Rapla_vallavalitsus, lk 22
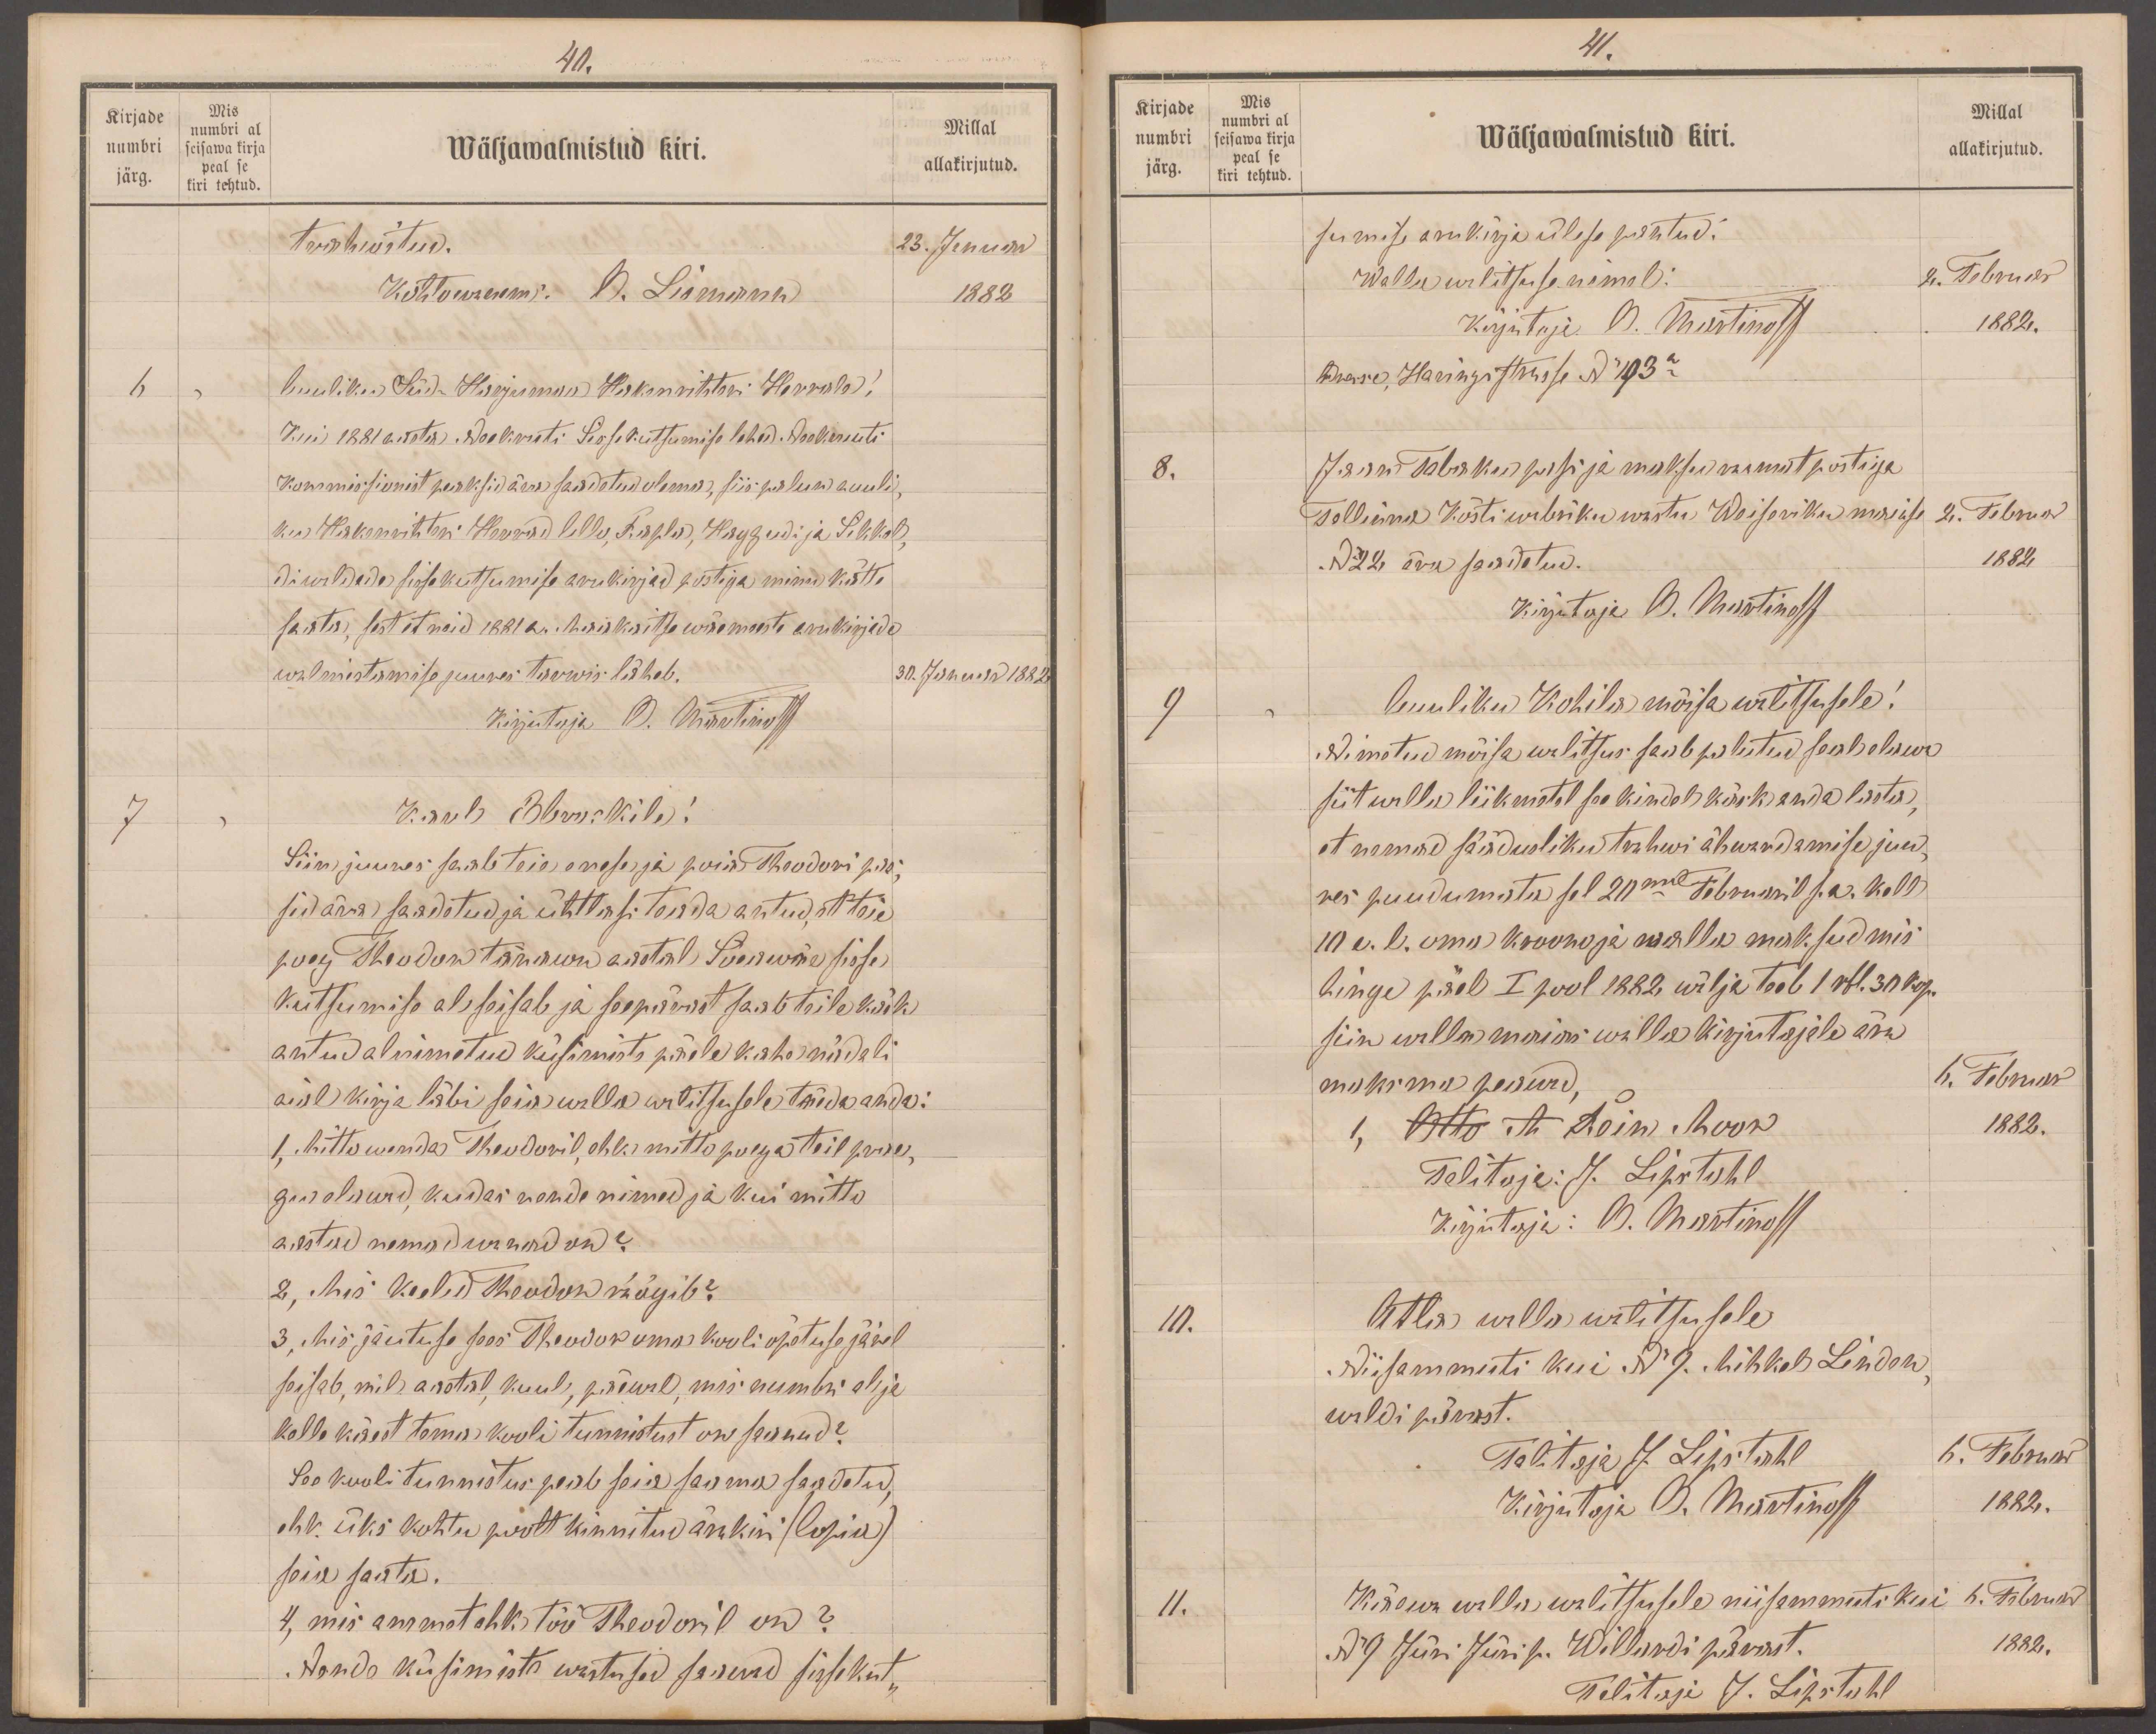
40.
Kirjade
Mis
Millal
numbri al
numbri
Wäljawalmistud kiri.
seisawa kirja
peal se
järg.
allakirjutud.
kirja tehtud
trahwitud.
23. Januar
Kohtowanem. O. Liemann
1882
6
Auuliku Süd-Harjumaa Hakenrihteri Herrale,
Kui 1881 aastal Neekruti Sisse kutsumise lehed Neekruti
kommisionist peaksid ära saadetud olema, siis palun auuli
ku Hakenrihteri Herrad Lelle, Rapla, Hagudi ja Sikkal
di waldada sisse kutsumise arukirjad postiga minu kätte
saata, sest et neid 1881 a. Maakaitse wäemeeste arukirjade
walmistamise juures tarwis läheb.
30. Januar 1882
Kirjutaja O. Martinoff
7
Karl Ebruskile!
Siin juures saab teie enese ja poia Theodori pass
sid ära saadetud ja ühtlasi teada antud, et teie
poeg Theodor tänavu aastal Sõawäe sisse
kutsumise al seisab ja seepärast saab teile kõik
antud alnimetud küsimiste päele kahe nädali
aial kirja läbi seia walla walitsusele täeda anda.
1, Mitto wenda Theodoril, ehk mitto poega teil prae
gus olnud, kuidas nende nimed ja kui mitto
aastad nemad wanad on?
2, Mis keeled Theodor nägib?
3, Mis jäutuse sees Theodor oma kooli õpetuse järel
seisab, mil aastal, kuul, päewal, mis numbri al ja
kelle käest tema kooli tunnistust on saanud?
See kooli tunnistus peab seia saama saadetud,
ehk üks kohtu poolt kinnitud ärakiri (Copia)
seie saata.
4, mis ammet ehk töö Theodoril on?
Nende küsimiste wastused saawad sissekut

41.
Kirjade
Mis
Millal
numbri al
numbri
Wäljawalmistud kiri.
seisawa kirja
allakirjutud.
järg.
peal se
kiri tehtud
sumise arukirja ülese pantud.
allakirjutud.
Wallu walitsuse nimel:
2. Februar
Kirjutaja O. Martinoff
1882.
Adresse, Haringistrasse No 193a
8.
Jaan Tabaku passi ja maksu raamat postiga
Tallinna Kõsti wabriku wastu Weiseriku maiase
2. Februar
No 22 ära saadetud.
1882
Kirjutaja O. Martinoff
9
Auuliku Kohila mõisa walitsusele!
Nimetud mõisa walitsus saab palutud seal elawa
siit walle liikmetel see kindel käsk anda lasta
et nemad säädusliku trahwi ähwardamise juu-
res puudumata sel 20mal Februaril s.a. kell
10 e. l. oma kroonu ja walla maksud mis
hinge päel I pool 1882 wälja toob 1 rbl.30 kop.
siin walla maias walla kirjutajale ära
maksma peawad
6. Februar
1, Rein Moor
1882.
Talitaja J. Lipstahl
Kirjutaja: M. Martinoff
10.
Atla walla walitsusele
Niisammuti kui No 9. Mihkel Linden
waldi pärast.
Talitaja J. Lipstahl
6. Februar
Kirjutaja O. Martinoff
1882.
11.
Käewa walla walitsusele niisammuti kui
6. Februar
No 9 Jüri Jüri p. Willardi pärast.
1882.
Talitaja J. Lipstahl